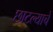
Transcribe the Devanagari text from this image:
छाटल्याचे